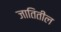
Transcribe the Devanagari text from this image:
जातितील